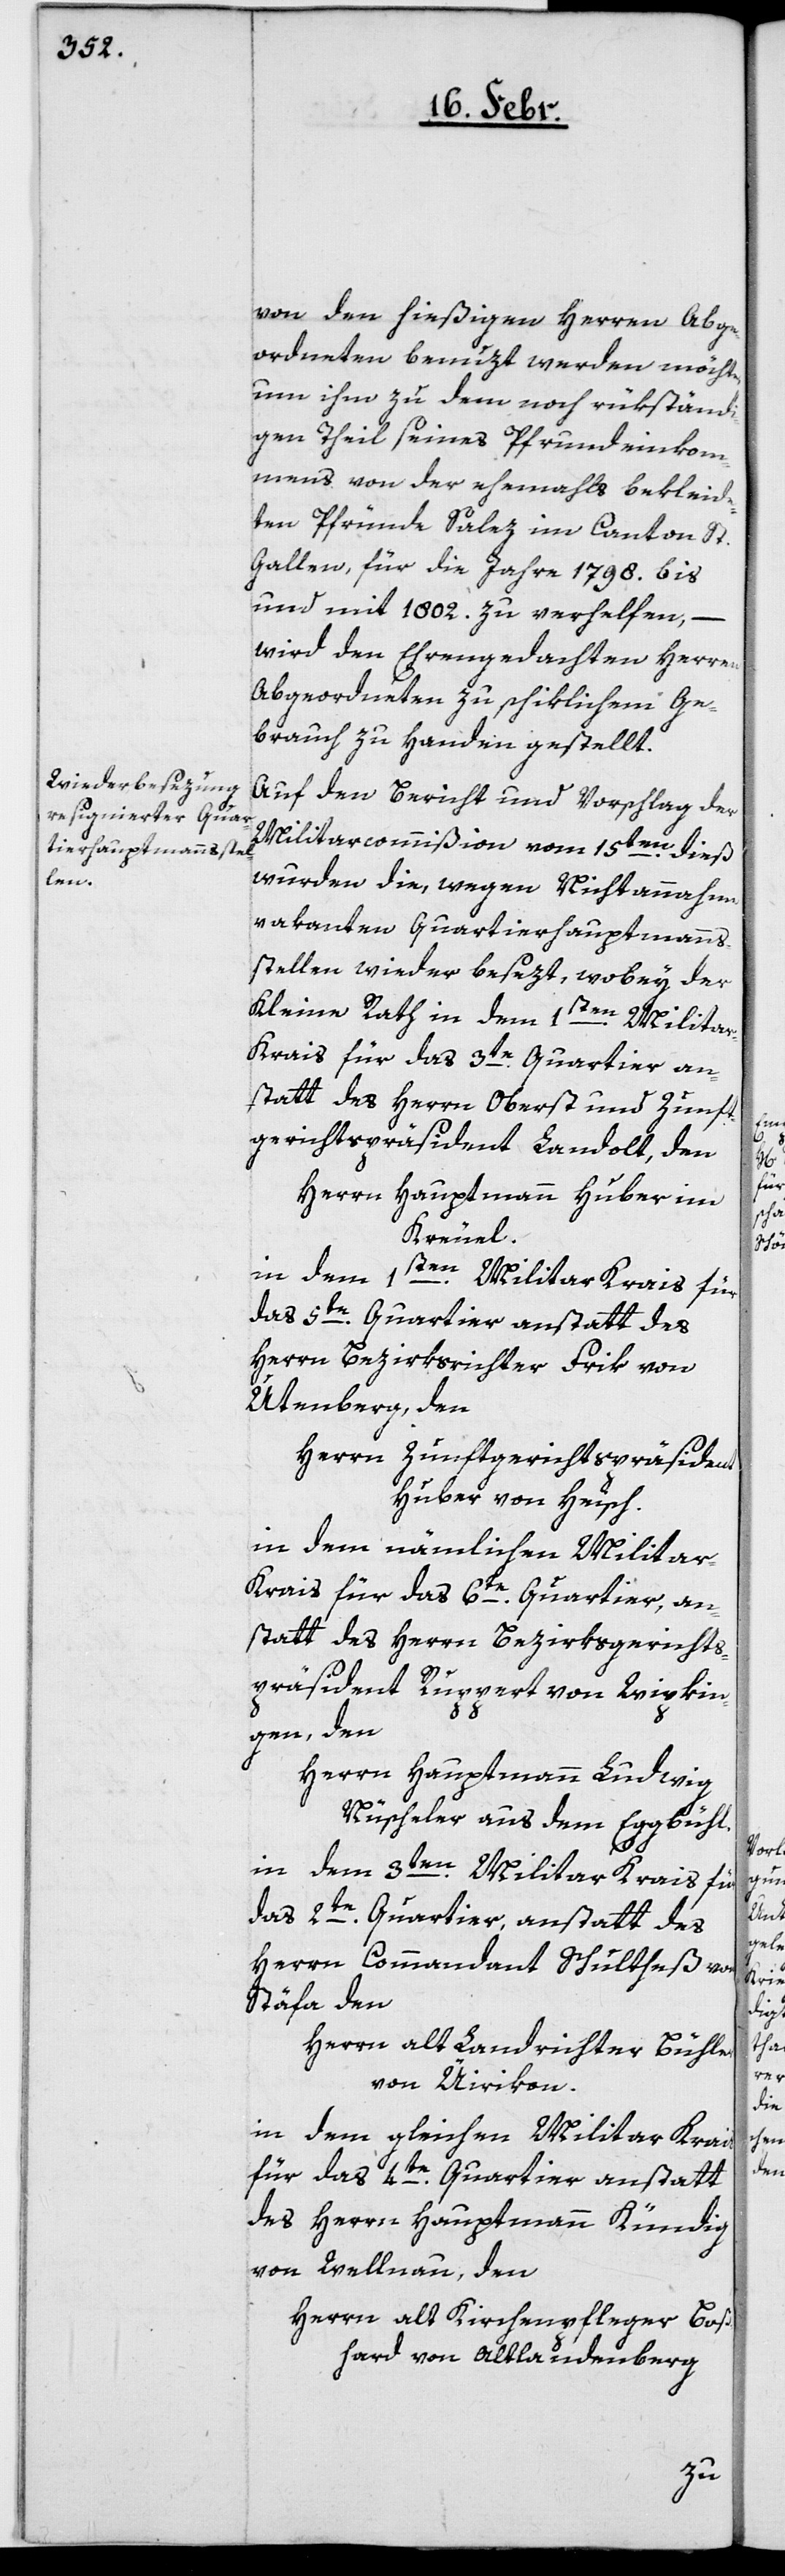
von den hießigen Herren Abge¬
ordneten benuzt werden möchte,
um ihm zu dem noch rükständi¬
gen Theil seines Pfrundeinkom¬
mens von der ehemals bekleide¬
ten Pfründe Salez im Canton St.
Gallen, für die Jahre 1798. bis
und mit 1802. zu verhelfen, –
wird dem Ehrengedachten Herren
Abgeordneten zu schiklichem Ge¬
brauch zu Handen gestellt.
Auf den Bericht und Vorschlag der
Militarcommißion vom 15ten. dieß
wurden die, wegen Nichtannahme
vakanten Quartierhauptmanns¬
stellen wieder besezt, wobey der
Kleine Rath in dem 1sten. Milita¬
r-Krais für das 3te. Quartier an¬
statt des Herrn Oberst und Zunft¬
gerichtspräsident Landolt, den
Herrn Hauptmann Huber im
Kreuel.
in dem 1sten. Militar Krais für
das 5te. Quartier anstatt des
Herrn Bezirksrichter Frik von
Utenberg, den
Herrn Zunftgerichtspräsident
Huber von Heisch.
in dem nämlichen Milita¬
r-Krais für das 6te. Quartier, an¬
statt des Herrn Bezirksgerichts¬
präsident Ruppert von Wipkin¬
gen, den
Herrn Hauptmann Ludwig
Nüscheler aus dem Eggbühl.
in dem 3ten. Militar Krais für
das 2te. Quartier, anstatt des
Herrn Commandant Schultheß von
Stäfa den
Herrn alt Landrichter Bühler
von Üirikon.
in dem gleichen Militar Krais
für das 4te. Quartier anstatt
des Herrn Hauptmann Kündig
von Wellnau, den
Herrn alt Kirchenpfleger Boß¬
hard von Altlandenberg